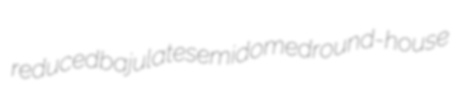
reduced bajulate semidomed round-house